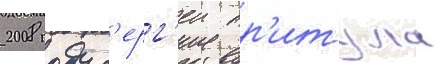
2008 году с'ерг'еи пр'итула